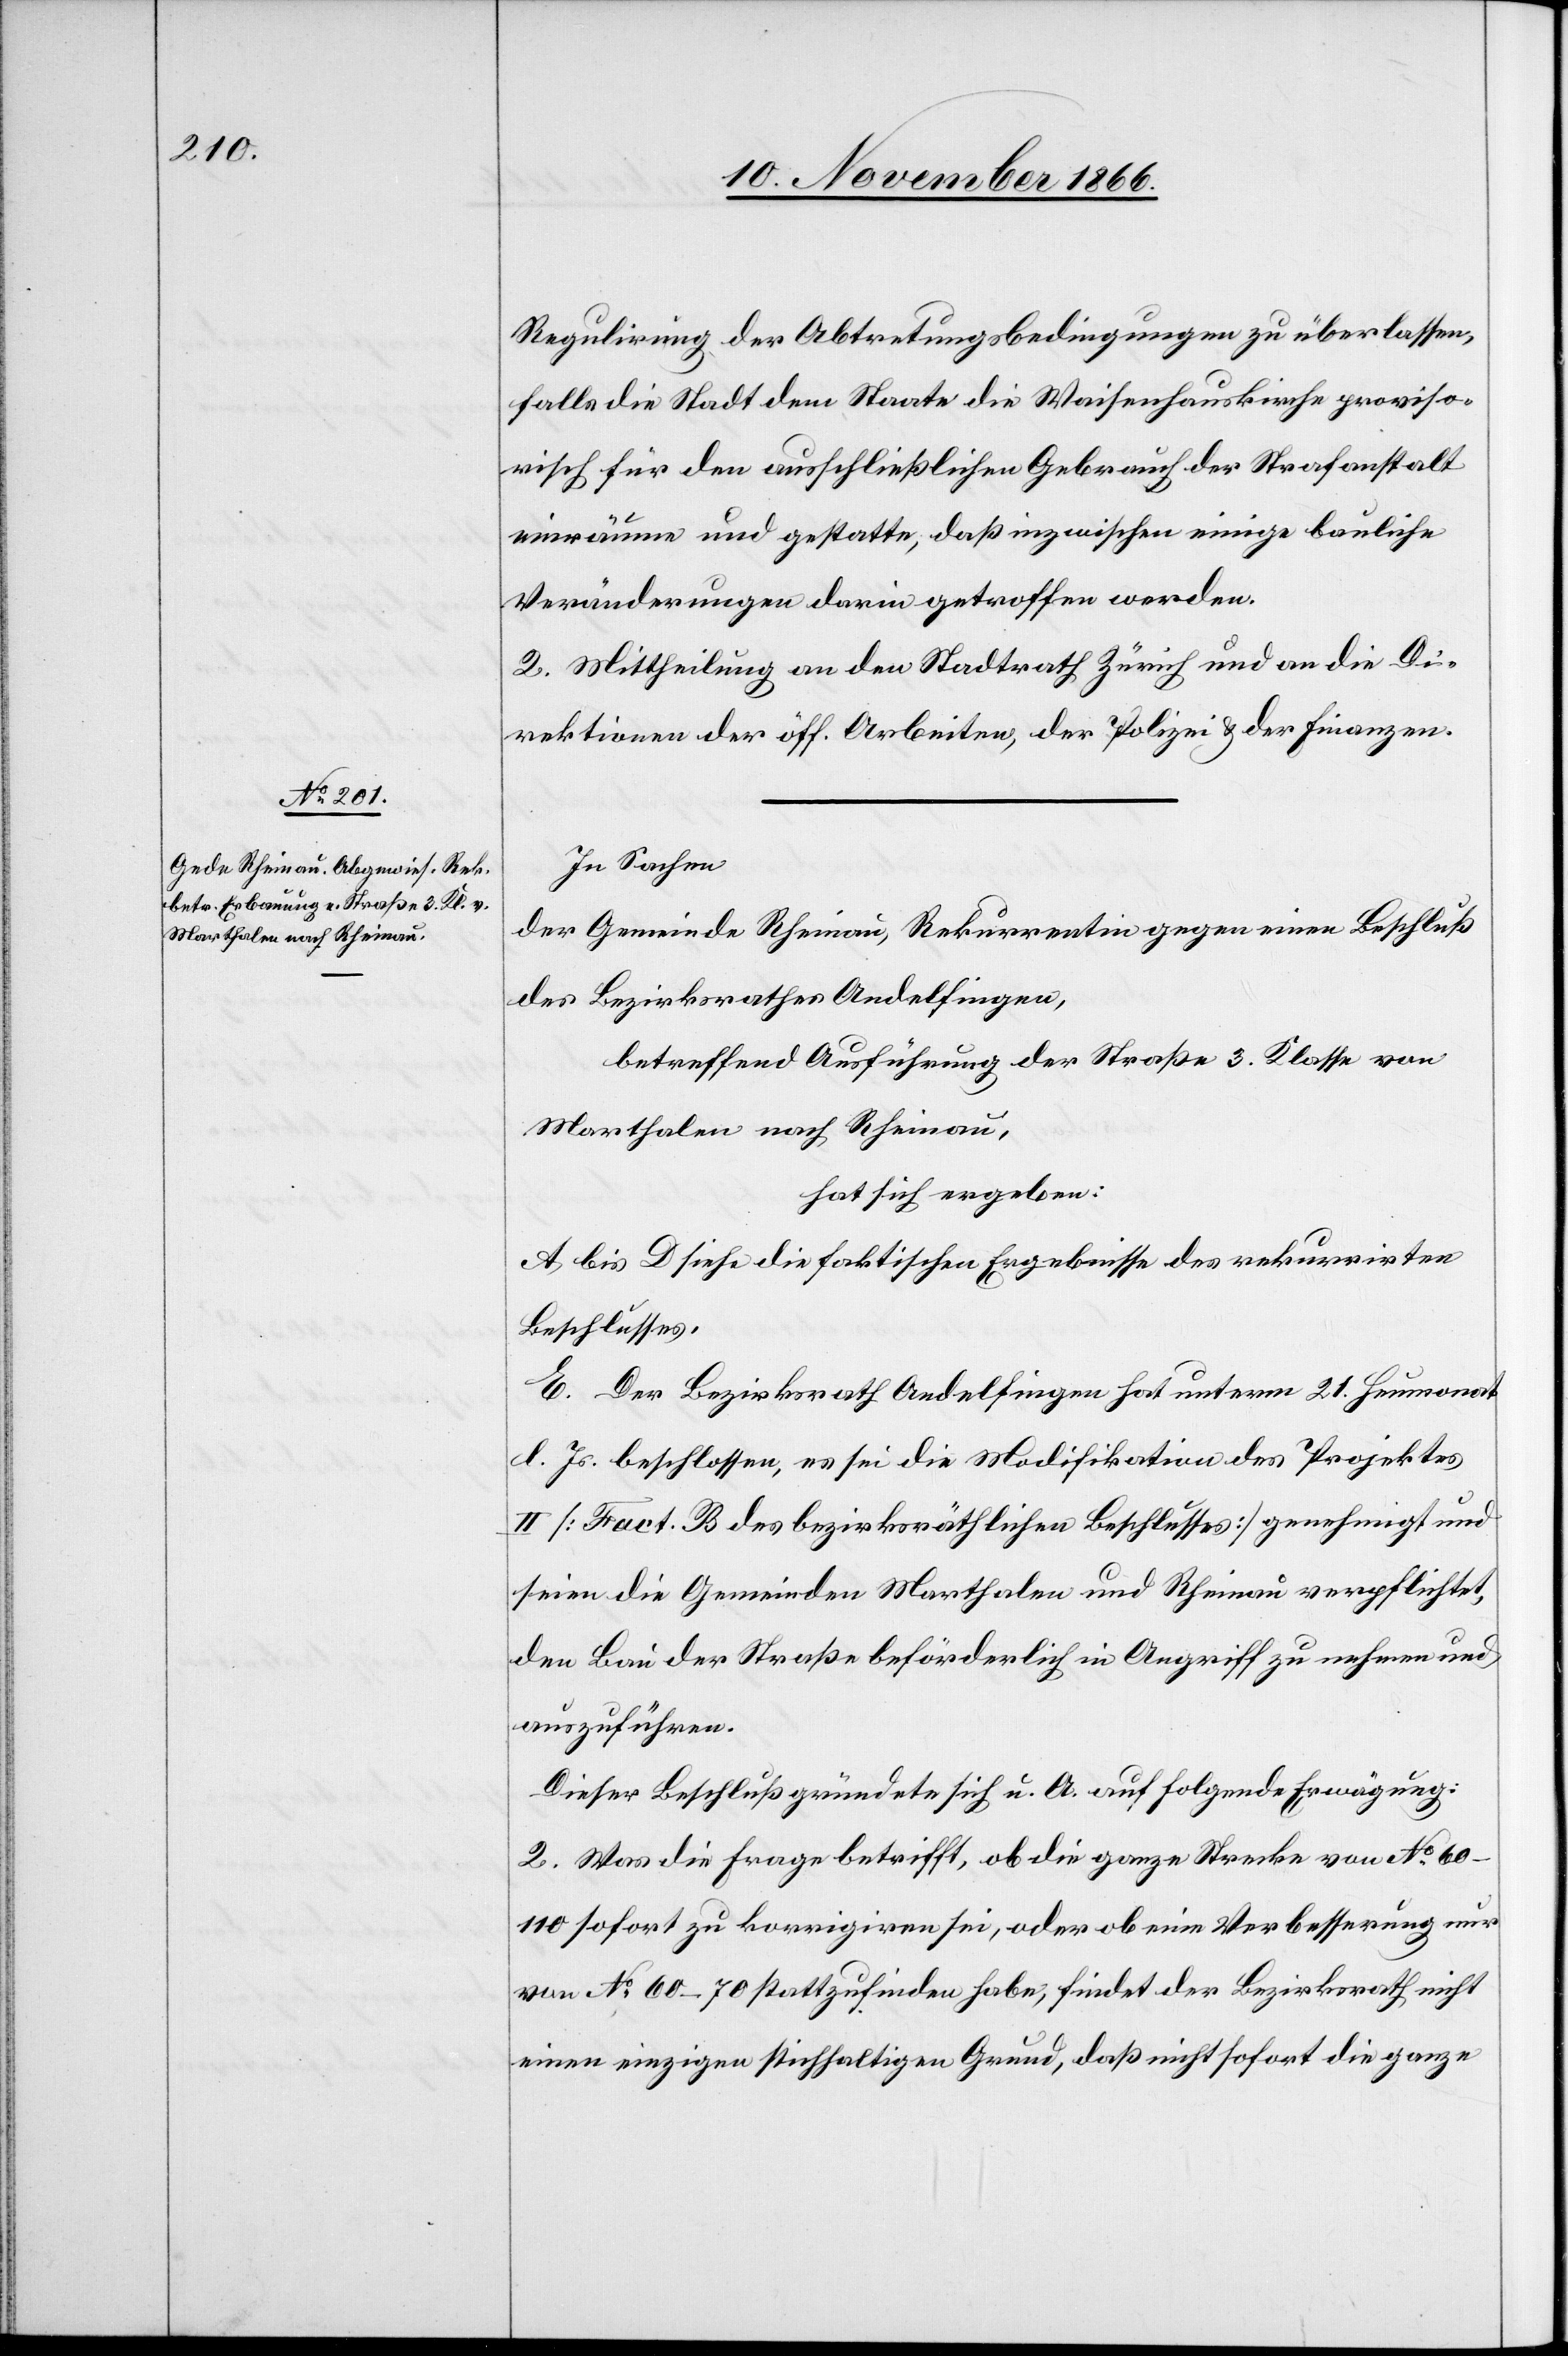
Regulirung der Abtretungsbedingungen zu überlassen,
falls die Stadt dem Staate die Waisenhauskirche proviso¬
risch für den ausschließlichen Gebrauch der Strafanstalt
einräume und gestatte, daß inzwischen einige bauliche
Veränderungen darin getroffen werden.
2. Mittheilung an den Stadtrath Zürich und an die Di¬
rektionen der öff. Arbeiten, der Polizei & der Finanzen.
In Sachen
der Gemeinde Rheinau, Rekurrentin gegen einen Beschluß
des Bezirksrathes Andelfingen,
betreffend Ausführung der Straße 3. Klasse von
Marthalen nach Rheinau,
hat sich ergeben:
A bis D siehe die faktischen Ergebnisse des rekurrirten
Beschlusses,
E. Der Bezirksrath Andelfingen hat unterm 21. Heumonat
l. Js. beschlossen, es sei die Modifikation des Projektes
II [Fact. B des bezirksräthlichen Beschlusses] genehmigt und
seien die Gemeinden Marthalen und Rheinau verpflichtet,
den Bau der Straße beförderlich in Angriff zu nehmen und
auszuführen.
Dieser Beschluß gründete sich u. A. auf folgende Erwägung:
2. Was die Frage betrifft, ob die ganze Strecke von No. 60–110
sofort zu korrigiren sei, oder ob eine Verbesserung nur
von No. 60–70 stattzufinden habe, findet der Bezirksrath nicht
einen einzigen stichhaltigen Grund, daß nicht sofort die ganze